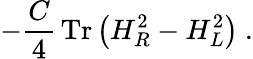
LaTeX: -\frac{C}{4}\, \mathrm{Tr}\left(H_{R}^{2}-H_{L}^{2}\right)\ .